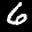
Label: 6